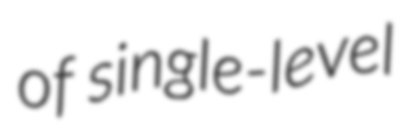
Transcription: of single-level